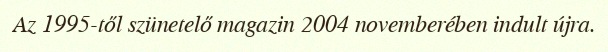
Az 1995-től szünetelő magazin 2004 novemberében indult újra.